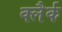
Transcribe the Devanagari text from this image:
क्लैर्क